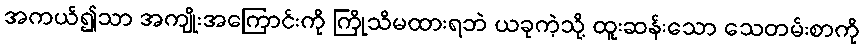
အကယ်၍သာ အကျိုးအကြောင်းကို ကြိုသိမထားရဘဲ ယခုကဲ့သို့ ထူးဆန်းသော သေတမ်းစာကို